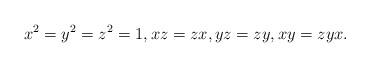
LaTeX: \begin{align*} x^2=y^2=z^2=1, xz=zx, yz=zy, xy=zyx .\end{align*}